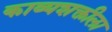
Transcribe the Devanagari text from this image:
काव्यशक्तीला